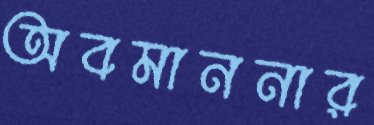
অবমাননার